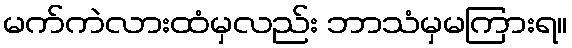
မက်ကဲလားထံမှလည်း ဘာသံမှမကြားရ။